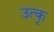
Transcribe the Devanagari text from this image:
उत्कृ